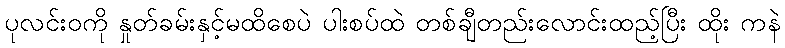
ပုလင်းဝကို နှုတ်ခမ်းနှင့်မထိစေပဲ ပါးစပ်ထဲ တစ်ချီတည်းလောင်းထည့်ပြီး ထိုး ကနဲ